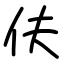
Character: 伕